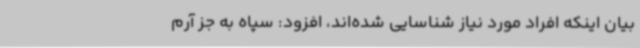
بیان اینکه افراد مورد نیاز شناسایی شده‌اند، افزود: سپاه به جز آرم